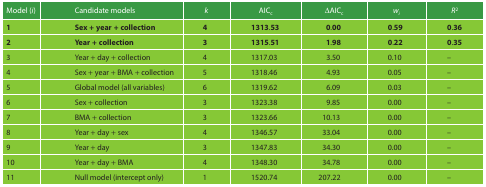
<table><thead><tr><td><b>Model (<i>i</i>)</b></td><td><b>Candidate models</b></td><td><b><i>k</i></b></td><td><b>AIC<sub>c</sub></b></td><td><b>ΔAIC<sub>c</sub></b></td><td><b><i>w</i><sub><i>i</i></sub></b></td><td><b><i>R</i><sup>2</sup></b></td></tr></thead><tbody><tr><td><b>1</b></td><td><b>Sex + year + collection</b></td><td><b>4</b></td><td><b>1313</b>.<b>53</b></td><td><b>0</b>.<b>00</b></td><td><b>0</b>.<b>59</b></td><td><b>0</b>.<b>36</b></td></tr><tr><td><b>2</b></td><td><b>Year + collection</b></td><td><b>3</b></td><td><b>1315</b>.<b>51</b></td><td><b>1</b>.<b>98</b></td><td><b>0</b>.<b>22</b></td><td><b>0</b>.<b>35</b></td></tr><tr><td>3</td><td>Year + day + collection</td><td>4</td><td>1317.03</td><td>3.50</td><td>0.10</td><td>–</td></tr><tr><td>4</td><td>Sex + year + BMA + collection</td><td>5</td><td>1318.46</td><td>4.93</td><td>0.05</td><td>–</td></tr><tr><td>5</td><td>Global model (all variables)</td><td>6</td><td>1319.62</td><td>6.09</td><td>0.03</td><td>–</td></tr><tr><td>6</td><td>Sex + collection</td><td>3</td><td>1323.38</td><td>9.85</td><td>0.00</td><td>–</td></tr><tr><td>7</td><td>BMA + collection</td><td>3</td><td>1323.66</td><td>10.13</td><td>0.00</td><td>–</td></tr><tr><td>8</td><td>Year + day + sex</td><td>4</td><td>1346.57</td><td>33.04</td><td>0.00</td><td>–</td></tr><tr><td>9</td><td>Year + day</td><td>3</td><td>1347.83</td><td>34.30</td><td>0.00</td><td>–</td></tr><tr><td>10</td><td>Year + day + BMA</td><td>4</td><td>1348.30</td><td>34.78</td><td>0.00</td><td>–</td></tr><tr><td>11</td><td>Null model (intercept only)</td><td>1</td><td>1520.74</td><td>207.22</td><td>0.00</td><td>–</td></tr></tbody></table>